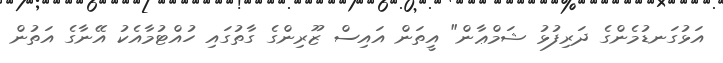
އަޅުގަނޑުމެންގެ ދަރިފުޅު ޝަމްޢާން" އީތަން އައިސް ޒޫރިންގެ ގާތުގައި ހުއްޓުމާއެކު އޭނާގެ އަތުން